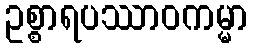
ဥစ္စာရပဿာဝကမ္မာ